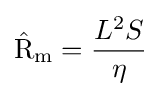
\mathrm {\hat {R}} _{\mathrm {m} }={\frac {L^{2}S}{\eta }}